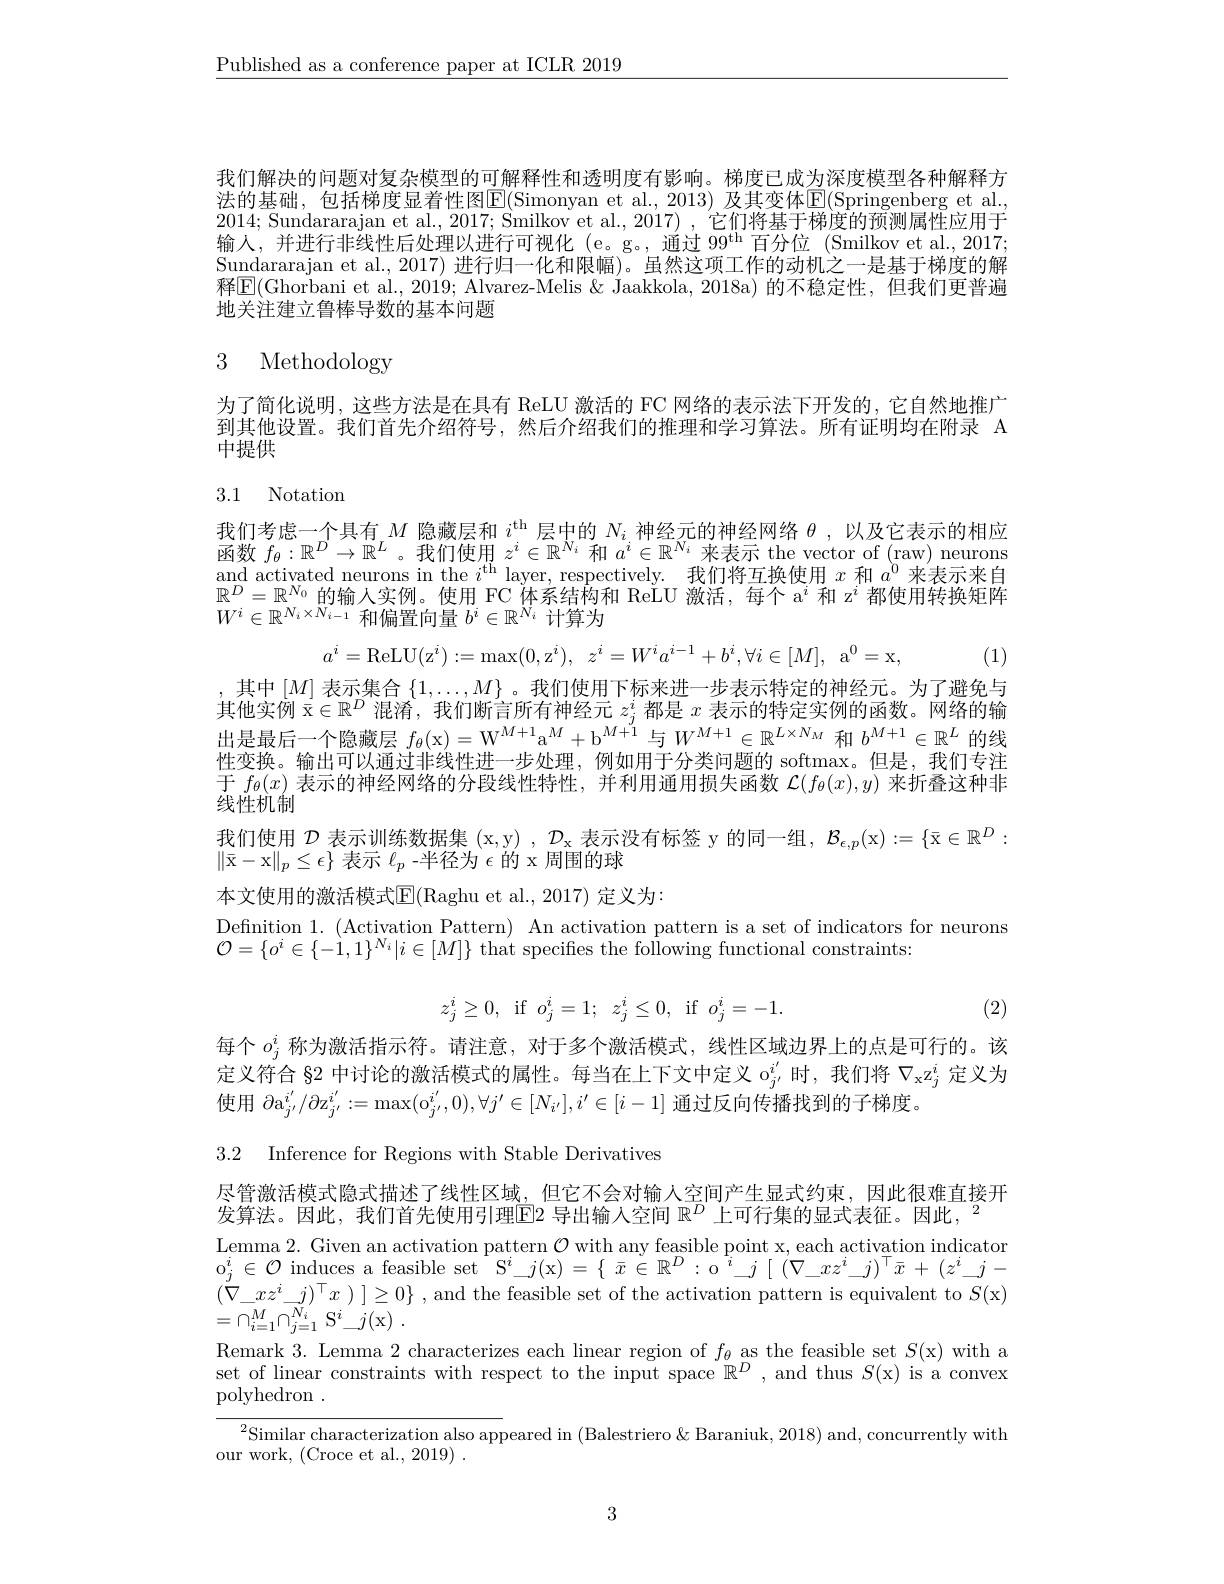
$\underline{\text{Published as a conference paper at ICLR 2019}}$

我们解决的问题对复杂模型的可解释性和透明度有影响。梯度已成为深度模型各种解释方法的基础，包括梯度显着性图$\mathbb{E}($Simonyan et al., 2013) 及其变体$\mathbb{E}($Springenberg et al. 2014; Sundararajan et al., 2017; Smilkov et al., 2017) , 它们将基于梯度的预测属性应用于输入，并进行非线性后处理以进行可视化 (e。g。,通过 99$^\mathrm{th}$百分位 (Smilkov et al.,2017; Sundararajan et al., 2017) 进行归一化和限幅)。虽然这项工作的动机之一是基于梯度的解释$\overline{\mathrm{E}}(\ddot{\mathrm{Ghorbani~et~al.,~2019;~Alvarez-Melis~\&~Jaakkola,~2018a)~}}$的不稳定性，但我们更普遍地关注建立鲁棒导数的基本问题

# 3 Methodology

为了简化说明，这些方法是在具有 ReLU 激活的 FC 网络的表示法下开发的，它自然地推广到其他设置。我们首先介绍符号，然后介绍我们的推理和学习算法。所有证明均在附录 A 中提供

## 3.1 Notation

我们考虑一个具有$M$隐藏层和$i^\mathrm{th}$层中的$N_i$神经元的神经网络$\theta$,以及它表示的相应函数$f_\theta:\mathbb{R}^D\to\mathbb{R}^L$ 。我们使用$z^i\in\mathbb{R}^N_i$和$a^i\in\mathbb{R}^{N_i}$来表示 the vector of (raw) neurons and activated neurons in the $i^\mathrm{th}$ layer, respectively. 我们将互换使用$x$和$a^0$来表示来自$\mathbb{R}^D=\mathbb{R}^{N_0}$的输入实例。使用 FC 体系结构和 ReLU 激活，每个 a$^i$和 z$^i$都使用转换矩阵$\tilde{W}^{i}\in\mathbb{R}^{N_{i}\times N_{i-1}}$和偏置向量 $b^i\in\mathbb{R}^{N_{i}}$ 计算为

(1)
$$a^{i}=\mathrm{ReLU}(\mathrm{z}^{i}):=\max(0,\mathrm{z}^{i}),\:z^{i}=W^{i}a^{i-1}+b^{i},\forall i\in[M],\:\mathrm{a}^{0}=\mathrm{x},$$
其中$[M]$表示集合$\{1,\ldots,M\}$。我们使用下标来进一步表示特定的神经元。为了避免与其他实例$\bar{\mathrm{x}}\in\mathbb{R}^D$混淆，我们断言所有神经元$z_j^i$都是$x$表示的特定实例的函数。网络的输出是最后一个隐藏层$f_\theta($x$)=\mathrm{W}^{M+1}\mathrm{a}^M+\mathrm{b}^{M+1}$与$W^{M+1}\in\mathbb{R}^{L\times N_M}$和$b^{M+1}\in\mathbb{R}^L$的线性变换。输出可以通过非线性进一步处理，例如用于分类问题的 softmax。但是，我们专注于$f_\theta(x)$表示的神经网络的分段线性特性，并利用通用损失函数$\mathcal{L}(f_\theta(x),y)$来折叠这种非线性机制
我们使用$\mathcal{D}$表示训练数据集( $x, y) , \mathcal{D} _\mathrm{x}$表示没有标签 y 的同一组，$\mathcal{B}_\epsilon,p($x$):=\{\bar{\mathrm{x}}\in\mathbb{R}^D:$
$\|\bar{\mathrm{x}}-$x$\|_p\leq\epsilon\}$表示$\ell_p$ -半径为$\epsilon$的 x 周围的球
本文使用的激活模式$\operatorname{E}($Raghu et al., 2017) 定义为：

Definition 1. (Activation Pattern) An activation pattern is a set of indicators for neurons
$\mathcal{O}=\{o^i\in\{-\grave{1},1\}^{N_i}|i\in[M]\}$ that specifies the following functional constraints:

(2)
$$z_j^i\ge0,\:\text{if}\:o_j^i=1;\:z_j^i\le0,\:\text{if}\:o_j^i=-1.$$
每个$o_j^i$称为激活指示符。请注意，对于多个激活模式，线性区域边界上的点是可行的。该定义符合 §2 中讨论的激活模式的属性。每当在上下文中定义 o$_{j^{i^{\prime}}}$时，我们将$\nabla_\mathrm{x}z_j^i$定义为使用$\partial\mathrm{a}_{j^{\prime}}^{i^{\prime}}/\partial\mathrm{z}_{j^{\prime}}^{i^{\prime}}:=\max(\mathrm{o}_{j^{\prime}}^{i^{\prime}},0),\forall j^{\prime}\in[N_{i^{\prime}}],i^{\prime}\in[i-1]$通过反向传播找到的子梯度。

3.2 Inference for Regions with Stable Derivatives

尽管激活模式隐式描述了线性区域，但它不会对输人空间产生显式约束，因此很难直接开
发算法。因此，我们首先使用引理$\boxed{\mathrm{E}}2$导出输入空间$\mathbb{R}^D$上可行集的显式表征。因此，$^2$
$\begin{array}{l}{\mathrm{Lemma~2.~Given~an~activation~pattern~}\mathcal{O}\text{ with any feasible point x, each activation indicator}}\\{\mathrm{o}_{j}^{i}\in\mathcal{O}\text{ induces a feasible set S}^{i}j(x)=\{\begin{array}{c}\bar{x}\in\mathbb{R}^{D}:\mathrm{o}\end{array}i-j[\begin{array}{c}(\nabla_{-}xz^{i}-j)^{\top}\bar{x}+(z^{i}-j-\end{array})\end{array}}$ $( \nabla _{- }xz^{i}\_ j) ^{\top }x$ ) $] \geq 0\}$ , and the feasible set of the activation pattern is equivalent to $S($x) $= \cap _{i= 1}^{M}\cap _{j= 1}^{\bar{N} _{i}}$ $\mathrm{S} ^{i}\_ j($x) .
Remark 3. Lemma 2 characterizes each linear region of $f_\theta$ as the feasible set $S($x) with a set of linear constraints with respect to the input space $\mathbb{R}^D$, and thus $S($x) is a convex polyhedron .
$\frac{{^2}\text{Similar characterization also app}}{\text{aso appeared in }(\text{Balestriero }\&\text{ Baraniuk, 2018})\mathrm{~and,~concurrently~with}}$
our work, (Croce et al.,2019).

3